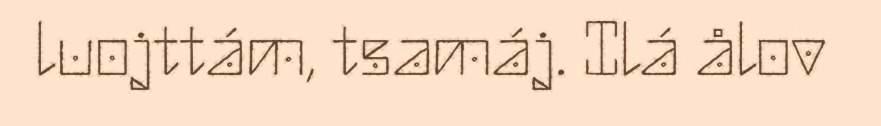
luojttám, tsamáj. Ilá ålov